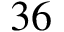
3 6